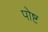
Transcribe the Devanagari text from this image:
पोष्ट